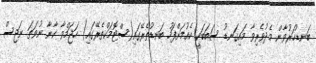
ބަނޑުހަރުވާން މެދުވެރިވާ މައިގަނޑު ސަބަބަކީ ކެއުމަށްފަހު ބަނޑުތެރޭގައި(ސްޓޮމަކްތެރޭގައި) ހަޖަމްވާ ކާނާ ނުވަތަ ނަޖިސް